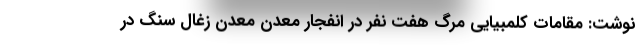
نوشت: مقامات کلمبیایی مرگ هفت نفر در انفجار معدن معدن زغال سنگ در